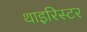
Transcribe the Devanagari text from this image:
थाइरिस्टर